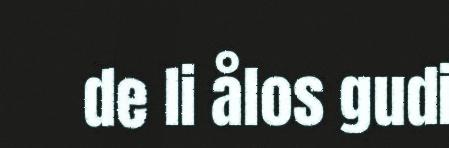
de li ålos gudi